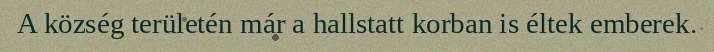
A község területén már a hallstatt korban is éltek emberek.